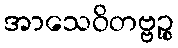
အာသေဝိတဗ္ဗဉ္စ